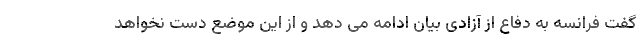
گفت فرانسه به دفاع از آزادی بیان ادامه می دهد و از این موضع دست نخواهد